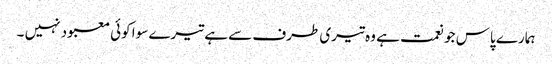
ہمارے پاس جو نعمت ہے وہ تیری طرف سے ہے تیرے سوا کوئی معبود نہیں ۔